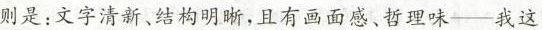
则是：文字清晰、结构明晰，且有画面感、哲理味--我这